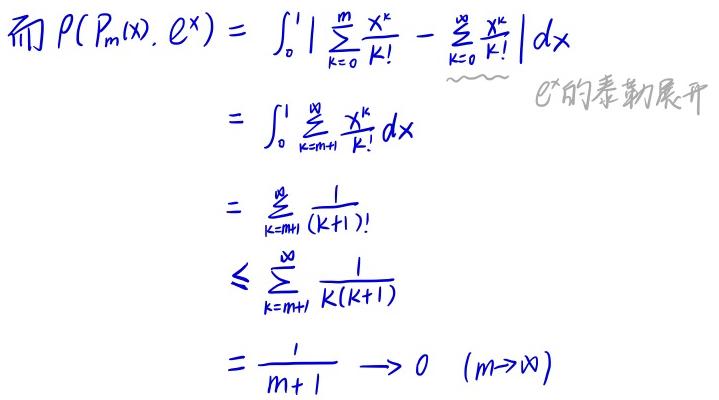
而\(\rho(P_m(x),e^x)&=\int_0^1\left|\sum_{k=0}^m\frac{x^k}{k!}-\sum_{k=0}^{\infty}\frac{x^k}{k!}\right|dx\)\\
\(&=\int_0^1\sum_{k=m+1}^{\infty}\frac{x^k}{k!}dx\)\\
\(&=\sum_{k=m+1}^{\infty}\frac{1}{(k+1)!}\)\\
\(&\leq\sum_{k=m+1}^{\infty}\frac{1}{k(k+1)}\)\\
\(&=\frac{1}{m+1}\longrightarrow0\quad(m\to\infty)\)